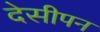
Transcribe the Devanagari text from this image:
देसीपन